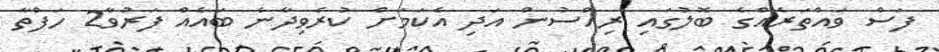
ފަސް ވައްތަރެއްގެ ބޮލުގައި ރިއްސުން އަދި އެކަމަށް ކުރެވިދާނެ ބައެއް ފަރުވާ2 ހަފްތާ